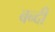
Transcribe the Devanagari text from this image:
बन्‍दी